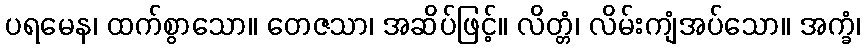
ပရမေန၊ ထက်စွာသော။ တေဇသာ၊ အဆိပ်ဖြင့်။ လိတ္တံ၊ လိမ်းကျံအပ်သော။ အက္ခံ၊